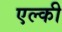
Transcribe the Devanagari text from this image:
एल्की